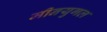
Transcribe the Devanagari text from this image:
मीनयुगल